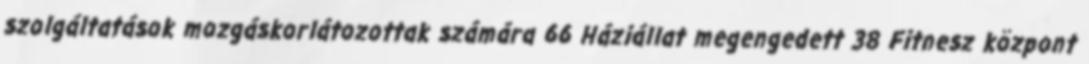
szolgáltatások mozgáskorlátozottak számára 66 Háziállat megengedett 38 Fitnesz központ